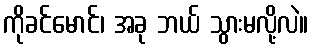
ကိုခင်မောင်၊ အခု ဘယ် သွားမလို့လဲ။